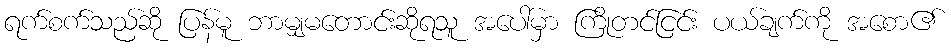
ရက်စက်သည်ဆို ပြန်မူ ဘာမျှမတောင်းဆိုရသူ အပေါ်မှာ ကြိုတင်ငြင်း ပယ်ချက်ကို အစော၏